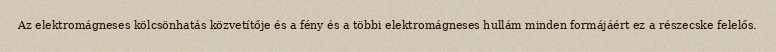
Az elektromágneses kölcsönhatás közvetítője és a fény és a többi elektromágneses hullám minden formájáért ez a részecske felelős.